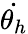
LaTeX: {\dot{\theta_{h}}}